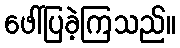
ဖေါ်ပြခဲ့ကြသည်။